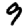
Digit: 9